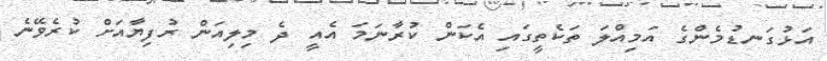
އަޅުގަނޑުމެންގެ އަމިއްލަ ތަކެތީގައި އެކަން ކުރާނަމަ އެއީ ދެ މިލިއަން ރުފިޔާއަށް ކުރެވޭނެ